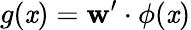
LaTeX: g(\mathit{x})=\mathbf{{w}}^{\prime}\cdot\phi(\mathit{x})